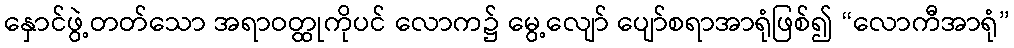
နှောင်ဖွဲ့တတ်သော အရာဝတ္ထုကိုပင် လောက၌ မွေ့လျော် ပျော်စရာအာရုံဖြစ်၍ “လောကီအာရုံ”